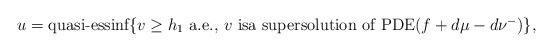
\begin{align*} u=\mbox{quasi-essinf$\{v\ge h_{1}$ a.e., $v$ isa supersolution of PDE$(f+d\mu-d\nu^{-})$}\},\end{align*}